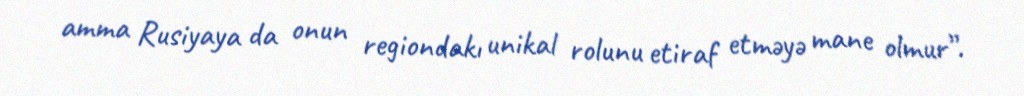
amma Rusiyaya da onun regiondakı unikal rolunu etiraf etməyə mane olmur”.